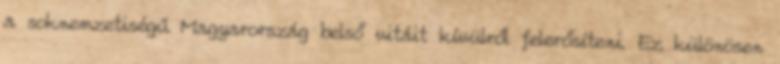
a soknemzetiségű Magyarország belső vitáit kívülről felerősíteni. Ez különösen